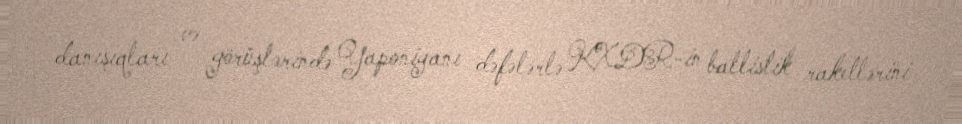
danışıqları və görüşlərində Yaponiyanı dəfələrlə KXDR-in ballistik raketlərini